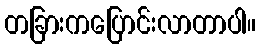
တခြားကပြောင်းလာတာပါ။